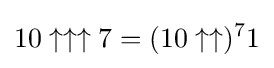
10\uparrow \uparrow \uparrow 7=(10\uparrow \uparrow )^{7}1